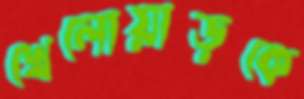
খেলোয়াড়কে